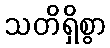
သတိရှိစွာ